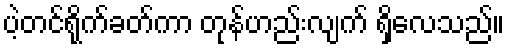
ပဲ့တင်ရိုက်ခတ်ကာ တုန်ဟည်းလျက် ရှိလေသည်။